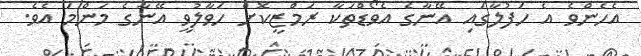
އެހެންވެ އެ ހަފުލާގައި އޭނާގެ އެވޯޑްތަކާ ރަމްޒީކޮށް ހަވާލުވީ އޭނާގެ މަންމަ އެވެ.